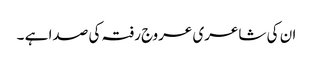
ان کی شاعری عروج رفتہ کی صدا ہے ۔